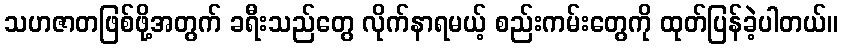
သဟဇာတဖြစ်ဖို့အတွက် ခရီးသည်တွေ လိုက်နာရမယ့် စည်းကမ်းတွေကို ထုတ်ပြန်ခဲ့ပါတယ်။